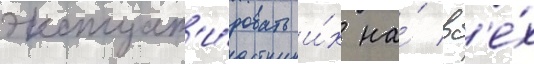
эксплуат'и́ровать и́х на́ вс'е́х